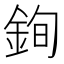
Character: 銁